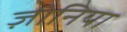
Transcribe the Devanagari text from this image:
ज़ीनिया